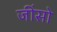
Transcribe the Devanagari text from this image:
जींसो